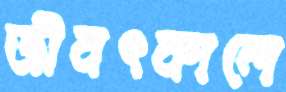
জীবৎকালে